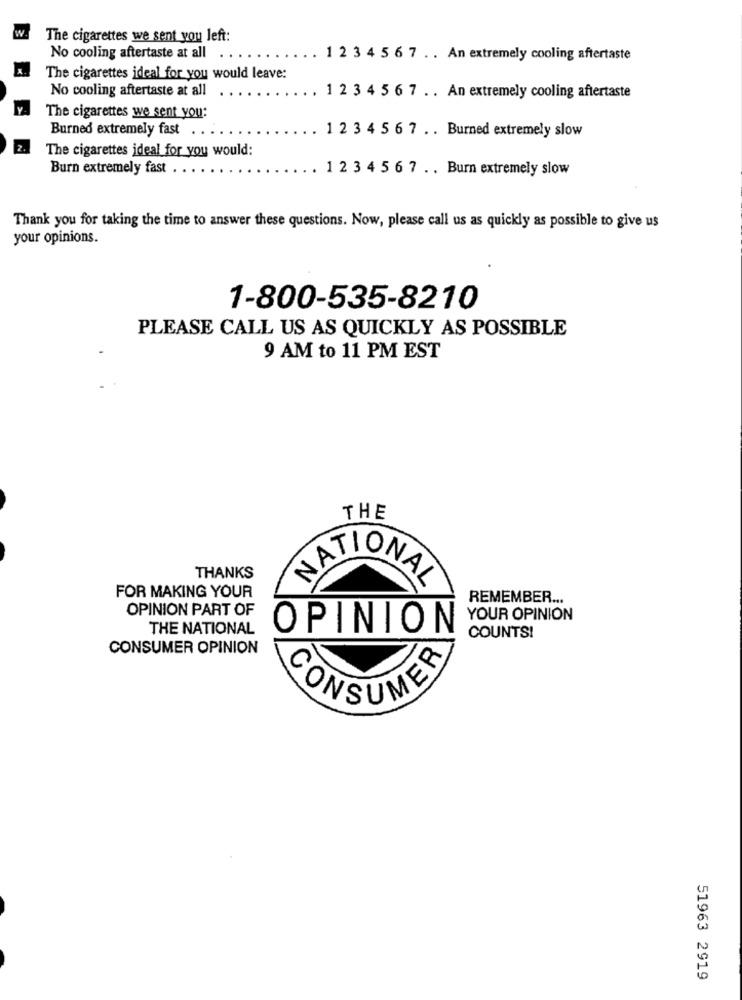
The cigarettes we sent you left:
No cooling aftertaste at all
1 2 3 4 5 6 7 .. An extremely cooling aftertaste
The cigarettes ideal for you would leave:
No cooling aftertaste at all
1 2 3 4 5 6 7 .. An extremely cooling aftertaste
The cigarettes we sent you:
Burned extremely fast
1 2 3 4 5 6 7 .. Burned extremely slow
The cigarettes ideal for you would:
Burn extremely fast
1 2 3 4 5 6 7 . . Burn extremely slow
Thank you for taking the time to answer these questions. Now, please call us as quickly as possible to give us
your opinions.
1-800-535-8210
PLEASE CALL US AS QUICKLY AS POSSIBLE
9 AM to 11 PM EST
THE
THANKS
FOR MAKING YOUR
NATIONAL
REMEMBER ...
OPINION PART OF
YOUR OPINION
THE NATIONAL
OPINION
COUNTS!
CONSUMER OPINION
CONSUMER
51963 2919